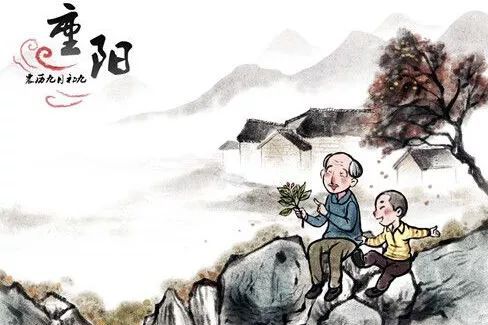
何当载酒来，共醉重阳节。